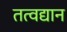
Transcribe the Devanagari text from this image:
तत्वद्यान